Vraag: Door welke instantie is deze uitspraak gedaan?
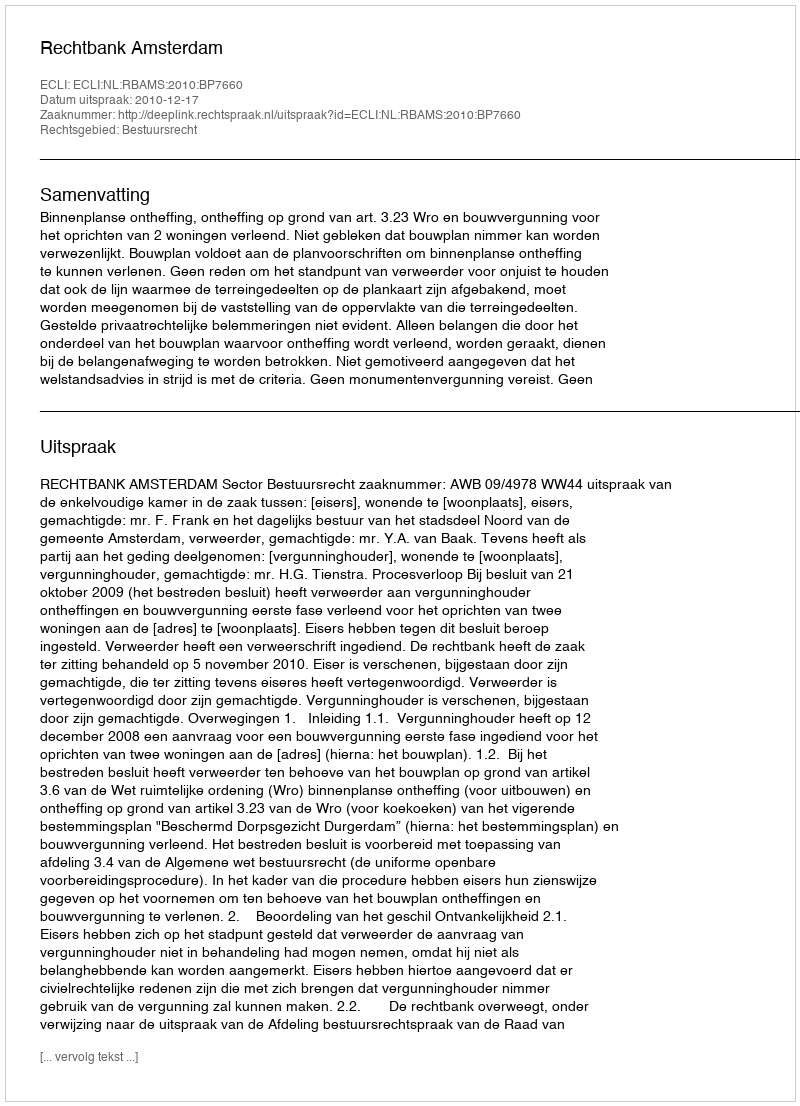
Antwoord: Rechtbank Amsterdam